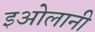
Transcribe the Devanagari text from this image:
इओलानी